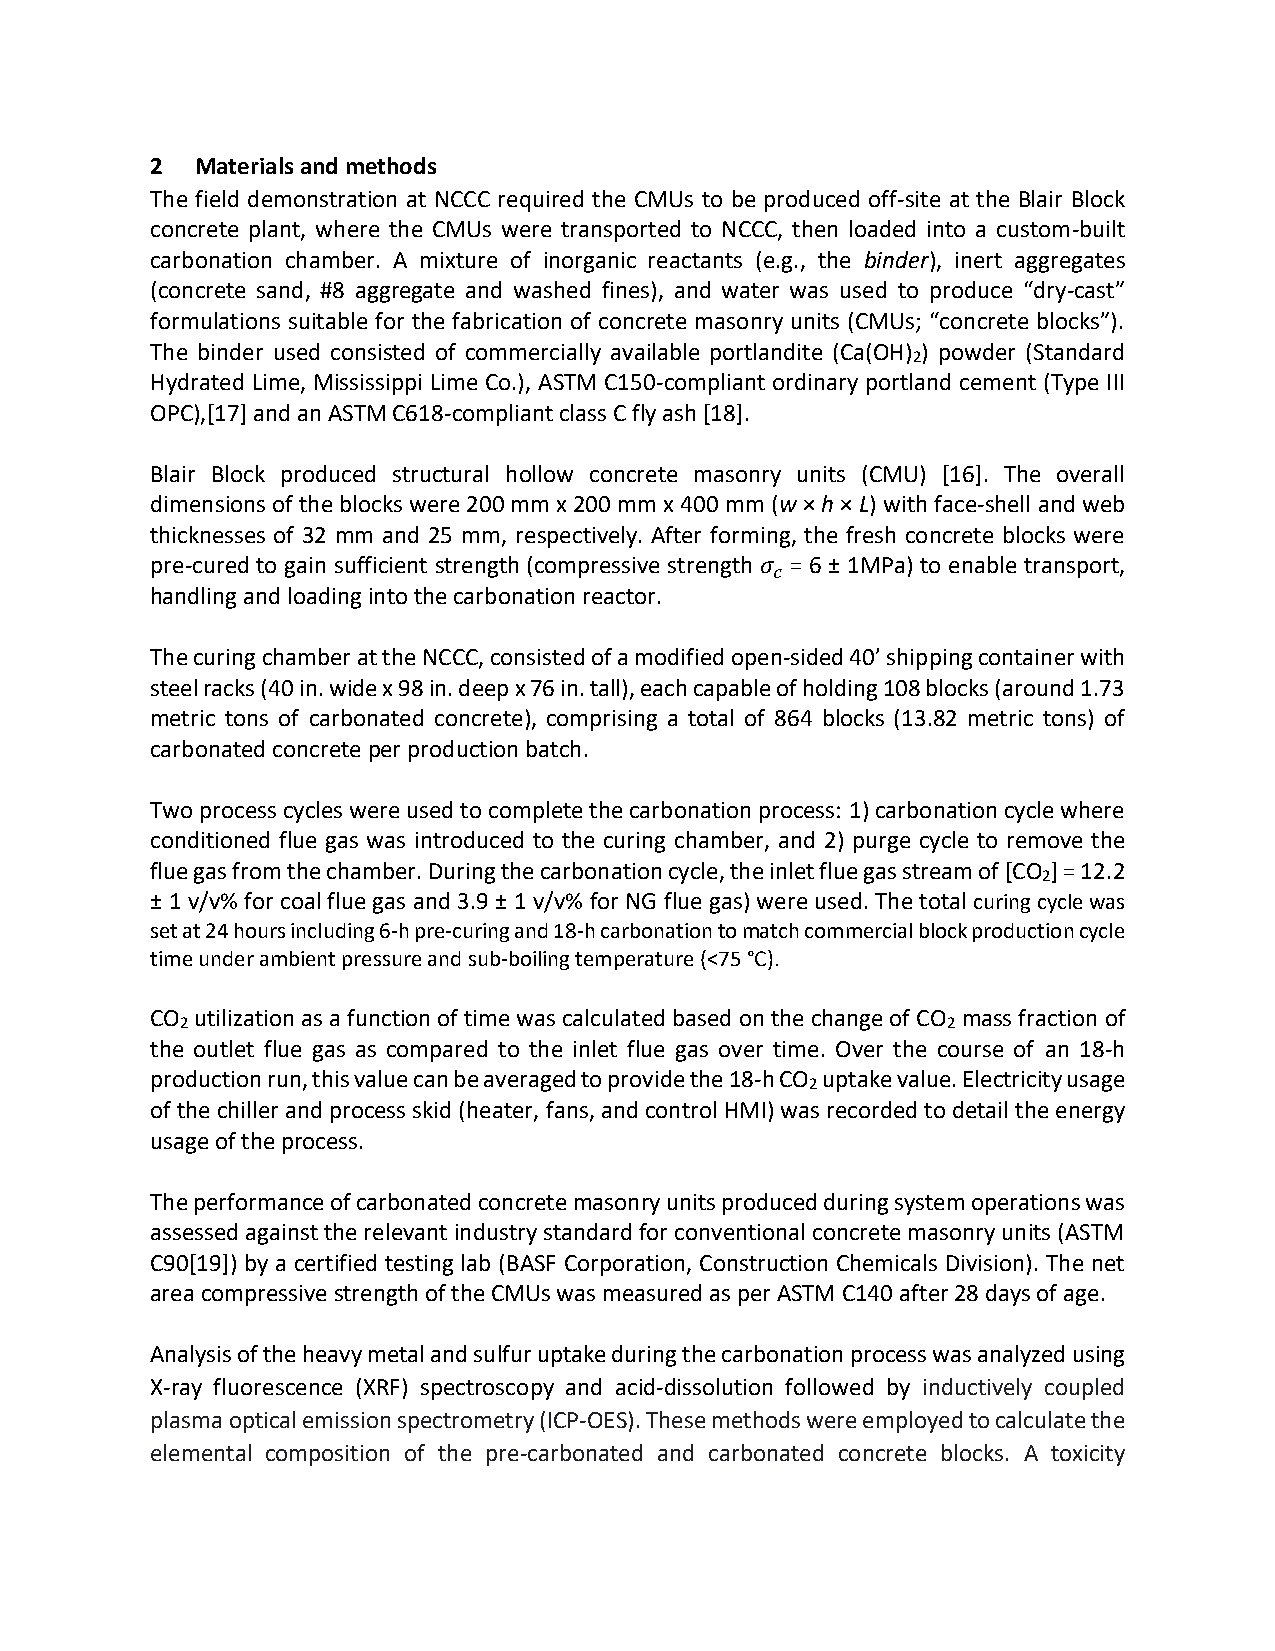
2  Materials and methods
 The field demonstration at NCCC required the CMUs to be produced off-site at the Blair Block
 concrete plant, where the CMUs were transported to NCCC, then loaded into a custom-built
 carbonation chamber. A mixture of inorganic reactants (e.g., the binder), inert aggregates
 (concrete sand, #8 aggregate and washed fines), and water was used to produce “dry-cast”
 formulations suitable for the fabrication of concrete masonry units (CMUs; “concrete blocks”).
 The binder used consisted of commercially available portlandite (Ca(OH) ) powder (Standard
 2
 Hydrated Lime, Mississippi Lime Co.), ASTM C150-compliant ordinary portland cement (Type III
 OPC),[17] and an ASTM C618-compliant class C fly ash [18].
 Blair Block produced structural hollow concrete masonry units (CMU) [16]. The overall
 dimensions of the blocks were 200 mm x 200 mm x 400 mm (w × h × L) with face-shell and web
 thicknesses of 32 mm and 25 mm, respectively. After forming, the fresh concrete blocks were
 pre-cured to gain sufficient strength (compressive strength 𝜎 = 6 ± 1MPa) to enable transport,
 𝑐
 handling and loading into the carbonation reactor.
 The curing chamber at the NCCC, consisted of a modified open-sided 40’ shipping container with
 steel racks (40 in. wide x 98 in. deep x 76 in. tall), each capable of holding 108 blocks (around 1.73
 metric tons of carbonated concrete), comprising a total of 864 blocks (13.82 metric tons) of
 carbonated concrete per production batch.
 Two process cycles were used to complete the carbonation process: 1) carbonation cycle where
 conditioned flue gas was introduced to the curing chamber, and 2) purge cycle to remove the
 flue gas from the chamber. During the carbonation cycle, the inlet flue gas stream of [CO ] = 12.2
 2
 ± 1 v/v% for coal flue gas and 3.9 ± 1 v/v% for NG flue gas) were used. The total curing cycle was
 set at 24 hours including 6-h pre-curing and 18-h carbonation to match commercial block production cycle
 time under ambient pressure and sub-boiling temperature (<75 °C).
 CO utilization as a function of time was calculated based on the change of CO mass fraction of
 2                                                  2
 the outlet flue gas as compared to the inlet flue gas over time. Over the course of an 18-h
 production run, this value can be averaged to provide the 18-h CO uptake value. Electricity usage
 2
 of the chiller and process skid (heater, fans, and control HMI) was recorded to detail the energy
 usage of the process.
 The performance of carbonated concrete masonry units produced during system operations was
 assessed against the relevant industry standard for conventional concrete masonry units (ASTM
 C90[19]) by a certified testing lab (BASF Corporation, Construction Chemicals Division). The net
 area compressive strength of the CMUs was measured as per ASTM C140 after 28 days of age.
 Analysis of the heavy metal and sulfur uptake during the carbonation process was analyzed using
 X-ray fluorescence (XRF) spectroscopy and acid-dissolution followed by inductively coupled
 plasma optical emission spectrometry (ICP-OES). These methods were employed to calculate the
 elemental composition of the pre-carbonated and carbonated concrete blocks. A toxicity